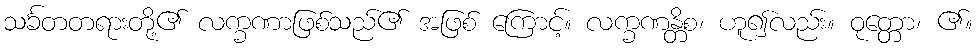
သင်္ခတတရားတို့၏ လက္ခဏာဖြစ်သည်၏ အဖြစ် ကြောင့်။ လက္ခဏန္တိစ၊ ဟူ၍လည်း။ ဝုတ္တော၊ ၏။